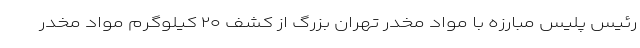
رئیس پلیس مبارزه با مواد مخدر تهران بزرگ از کشف ۲۰ کیلوگرم مواد مخدر